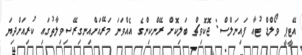
އޭޓީޕީ ވޯލްޑް ޓުއާ ފައިނަލްސް: ޖޮކޮވިޗް ބަލިކޮށް ރޭންކިންގެ އެއްވަނަ މަރޭއަށްއިނގިރޭސިވިލާތުގައި ކުރިއަށްދިޔަ